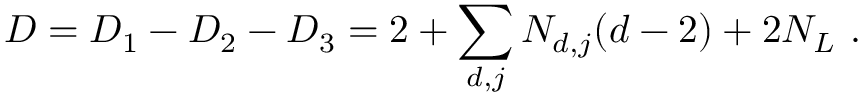
D = D _ { 1 } - D _ { 2 } - D _ { 3 } = 2 + \sum _ { d , j } N _ { d , j } ( d - 2 ) + 2 N _ { L } \ .